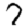
Digit: 7